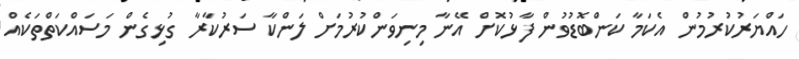
ހައްޔަރުކުރުމުން އެކަމާ ކަންބޮޑުވުން ފާޅުކޮށް އޭނާ މިނިވަންކުރުމަށް ލަންކާ ސަރުކާރާ ގުޅިގެން މަސައްކަތްތަކެއް